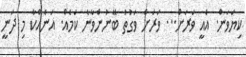
ކިޔަވަން. އެއީ ވަރަށް... ވަރަށް ވަގުތު ބޭނުންވާނެ ކަމެއް. އަނެއްކާ މި ދަނީ